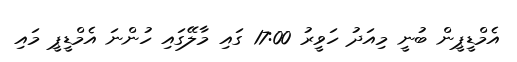
އެމްޑީޕީން ބުނީ މިއަދު ހަވީރު 17:00 ގައި މާލޭގައި ހުންނަ އެމްޑީޕީ މައި